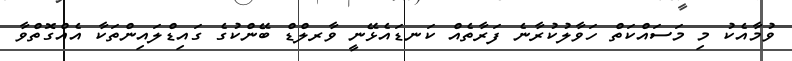
ވުމާއެކު މި މަސައްކަތް ހަވާލުކުރާނެ ފަރާތެއް ކަނޑައެޅޭނީ ވާރލްޑް ބޭންކުގެ ގައިޑްލައިންތަކާ އެއްގޮތްވާ